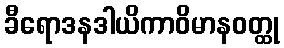
ခီရောဒနဒါယိကာဝိမာနဝတ္ထု